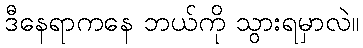
ဒီနေရာကနေ ဘယ်ကို သွားရမှာလဲ။